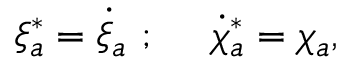
\xi _ { a } ^ { * } = \dot { \xi } _ { a } ~ ; ~ ~ ~ ~ \dot { \chi } _ { a } ^ { * } = \chi _ { a } ,